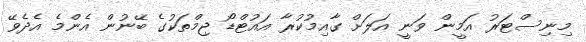
މިނިސްޓަރު އަމީން ވަނީ އަލަށް ގާއިމުކުރާ އައުޓްޑޯ ޖިމްތަކުގެ ބޭނުން އެންމެ އެދެވޭ